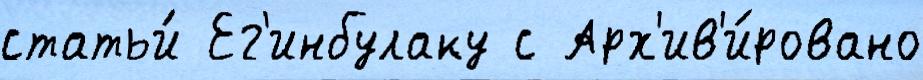
статьи́ Ег'инбулаку с Арх'ив'и́ровано